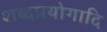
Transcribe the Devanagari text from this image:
शब्दप्रयोगादि